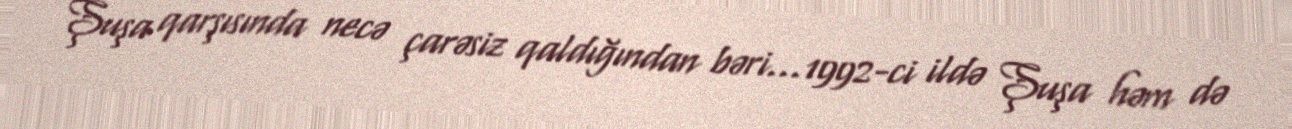
Şuşa qarşısında necə çarəsiz qaldığından bəri...1992-ci ildə Şuşa həm də